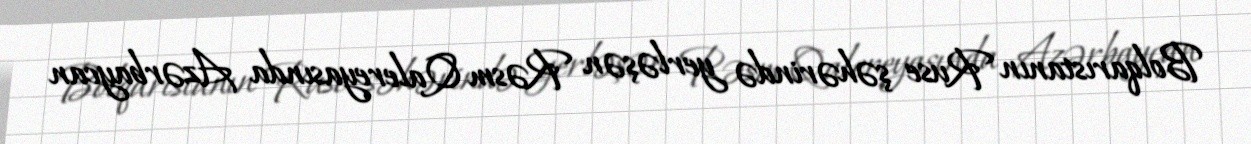
Bolqarıstanın Ruse şəhərində yerləşən Rəsm Qalereyasında Azərbaycan